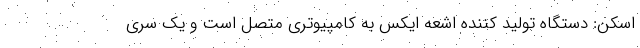
اسکن: دستگاه تولید کننده اشعه ایکس به کامپیوتری متصل است و یک سری